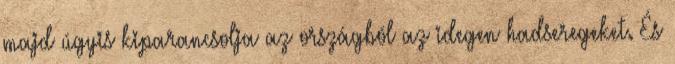
majd úgyis kiparancsolja az országból az idegen hadseregeket. És